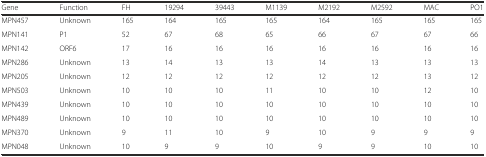
<table><thead><tr><td><b>Gene</b></td><td><b>Function</b></td><td><b>FH</b></td><td><b>19294</b></td><td><b>39443</b></td><td><b>M1139</b></td><td><b>M2192</b></td><td><b>M2592</b></td><td><b>MAC</b></td><td><b>PO1</b></td></tr></thead><tbody><tr><td>MPN457</td><td>Unknown</td><td>165</td><td>164</td><td>165</td><td>165</td><td>164</td><td>165</td><td>165</td><td>165</td></tr><tr><td>MPN141</td><td>P1</td><td>52</td><td>67</td><td>68</td><td>65</td><td>66</td><td>67</td><td>67</td><td>66</td></tr><tr><td>MPN142</td><td>ORF6</td><td>17</td><td>16</td><td>16</td><td>16</td><td>16</td><td>16</td><td>16</td><td>16</td></tr><tr><td>MPN286</td><td>Unknown</td><td>13</td><td>14</td><td>13</td><td>13</td><td>14</td><td>13</td><td>13</td><td>13</td></tr><tr><td>MPN205</td><td>Unknown</td><td>12</td><td>12</td><td>12</td><td>12</td><td>12</td><td>12</td><td>13</td><td>12</td></tr><tr><td>MPN503</td><td>Unknown</td><td>10</td><td>10</td><td>10</td><td>11</td><td>10</td><td>10</td><td>12</td><td>10</td></tr><tr><td>MPN439</td><td>Unknown</td><td>10</td><td>10</td><td>10</td><td>10</td><td>10</td><td>10</td><td>10</td><td>10</td></tr><tr><td>MPN489</td><td>Unknown</td><td>10</td><td>10</td><td>10</td><td>10</td><td>10</td><td>10</td><td>10</td><td>10</td></tr><tr><td>MPN370</td><td>Unknown</td><td>9</td><td>11</td><td>10</td><td>9</td><td>10</td><td>9</td><td>9</td><td>9</td></tr><tr><td>MPN048</td><td>Unknown</td><td>10</td><td>9</td><td>9</td><td>10</td><td>9</td><td>9</td><td>10</td><td>10</td></tr></tbody></table>